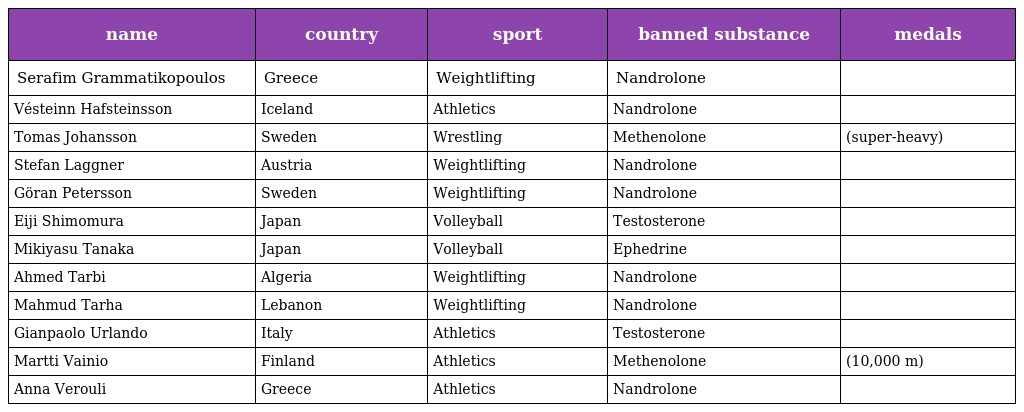
| name | country | sport | banned substance | medals |
 | --- | --- | --- | --- | --- |
 | Serafim Grammatikopoulos | Greece | Weightlifting | Nandrolone |  |
 | Vésteinn Hafsteinsson | Iceland | Athletics | Nandrolone |  |
 | Tomas Johansson | Sweden | Wrestling | Methenolone | (super-heavy) |
 | Stefan Laggner | Austria | Weightlifting | Nandrolone |  |
 | Göran Petersson | Sweden | Weightlifting | Nandrolone |  |
 | Eiji Shimomura | Japan | Volleyball | Testosterone |  |
 | Mikiyasu Tanaka | Japan | Volleyball | Ephedrine |  |
 | Ahmed Tarbi | Algeria | Weightlifting | Nandrolone |  |
 | Mahmud Tarha | Lebanon | Weightlifting | Nandrolone |  |
 | Gianpaolo Urlando | Italy | Athletics | Testosterone |  |
 | Martti Vainio | Finland | Athletics | Methenolone | (10,000 m) |
 | Anna Verouli | Greece | Athletics | Nandrolone |  |